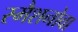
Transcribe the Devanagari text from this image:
स्मैशनोवा